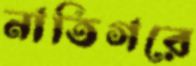
নাতিগরে